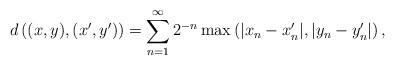
LaTeX: \begin{align*} d\left((x, y), (x^\prime, y^\prime)\right) = \sum_{n=1}^\infty 2^{-n} \max\left(|x_n-x^\prime_n|, |y_n-y^\prime_n|\right), \end{align*}